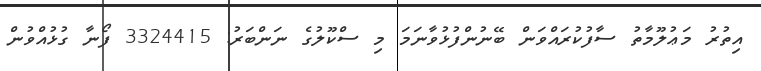
އިތުރު މަޢުލޫމާތު ސާފުކުރައްވަން ބޭނުންފުޅުވާނަމަ މި ސްކޫލުގެ ނަންބަރު: 3324415 ފޯނާ ގުޅުއްވުން